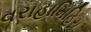
વરાહામિહિરા